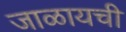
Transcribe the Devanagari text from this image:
जाळायची